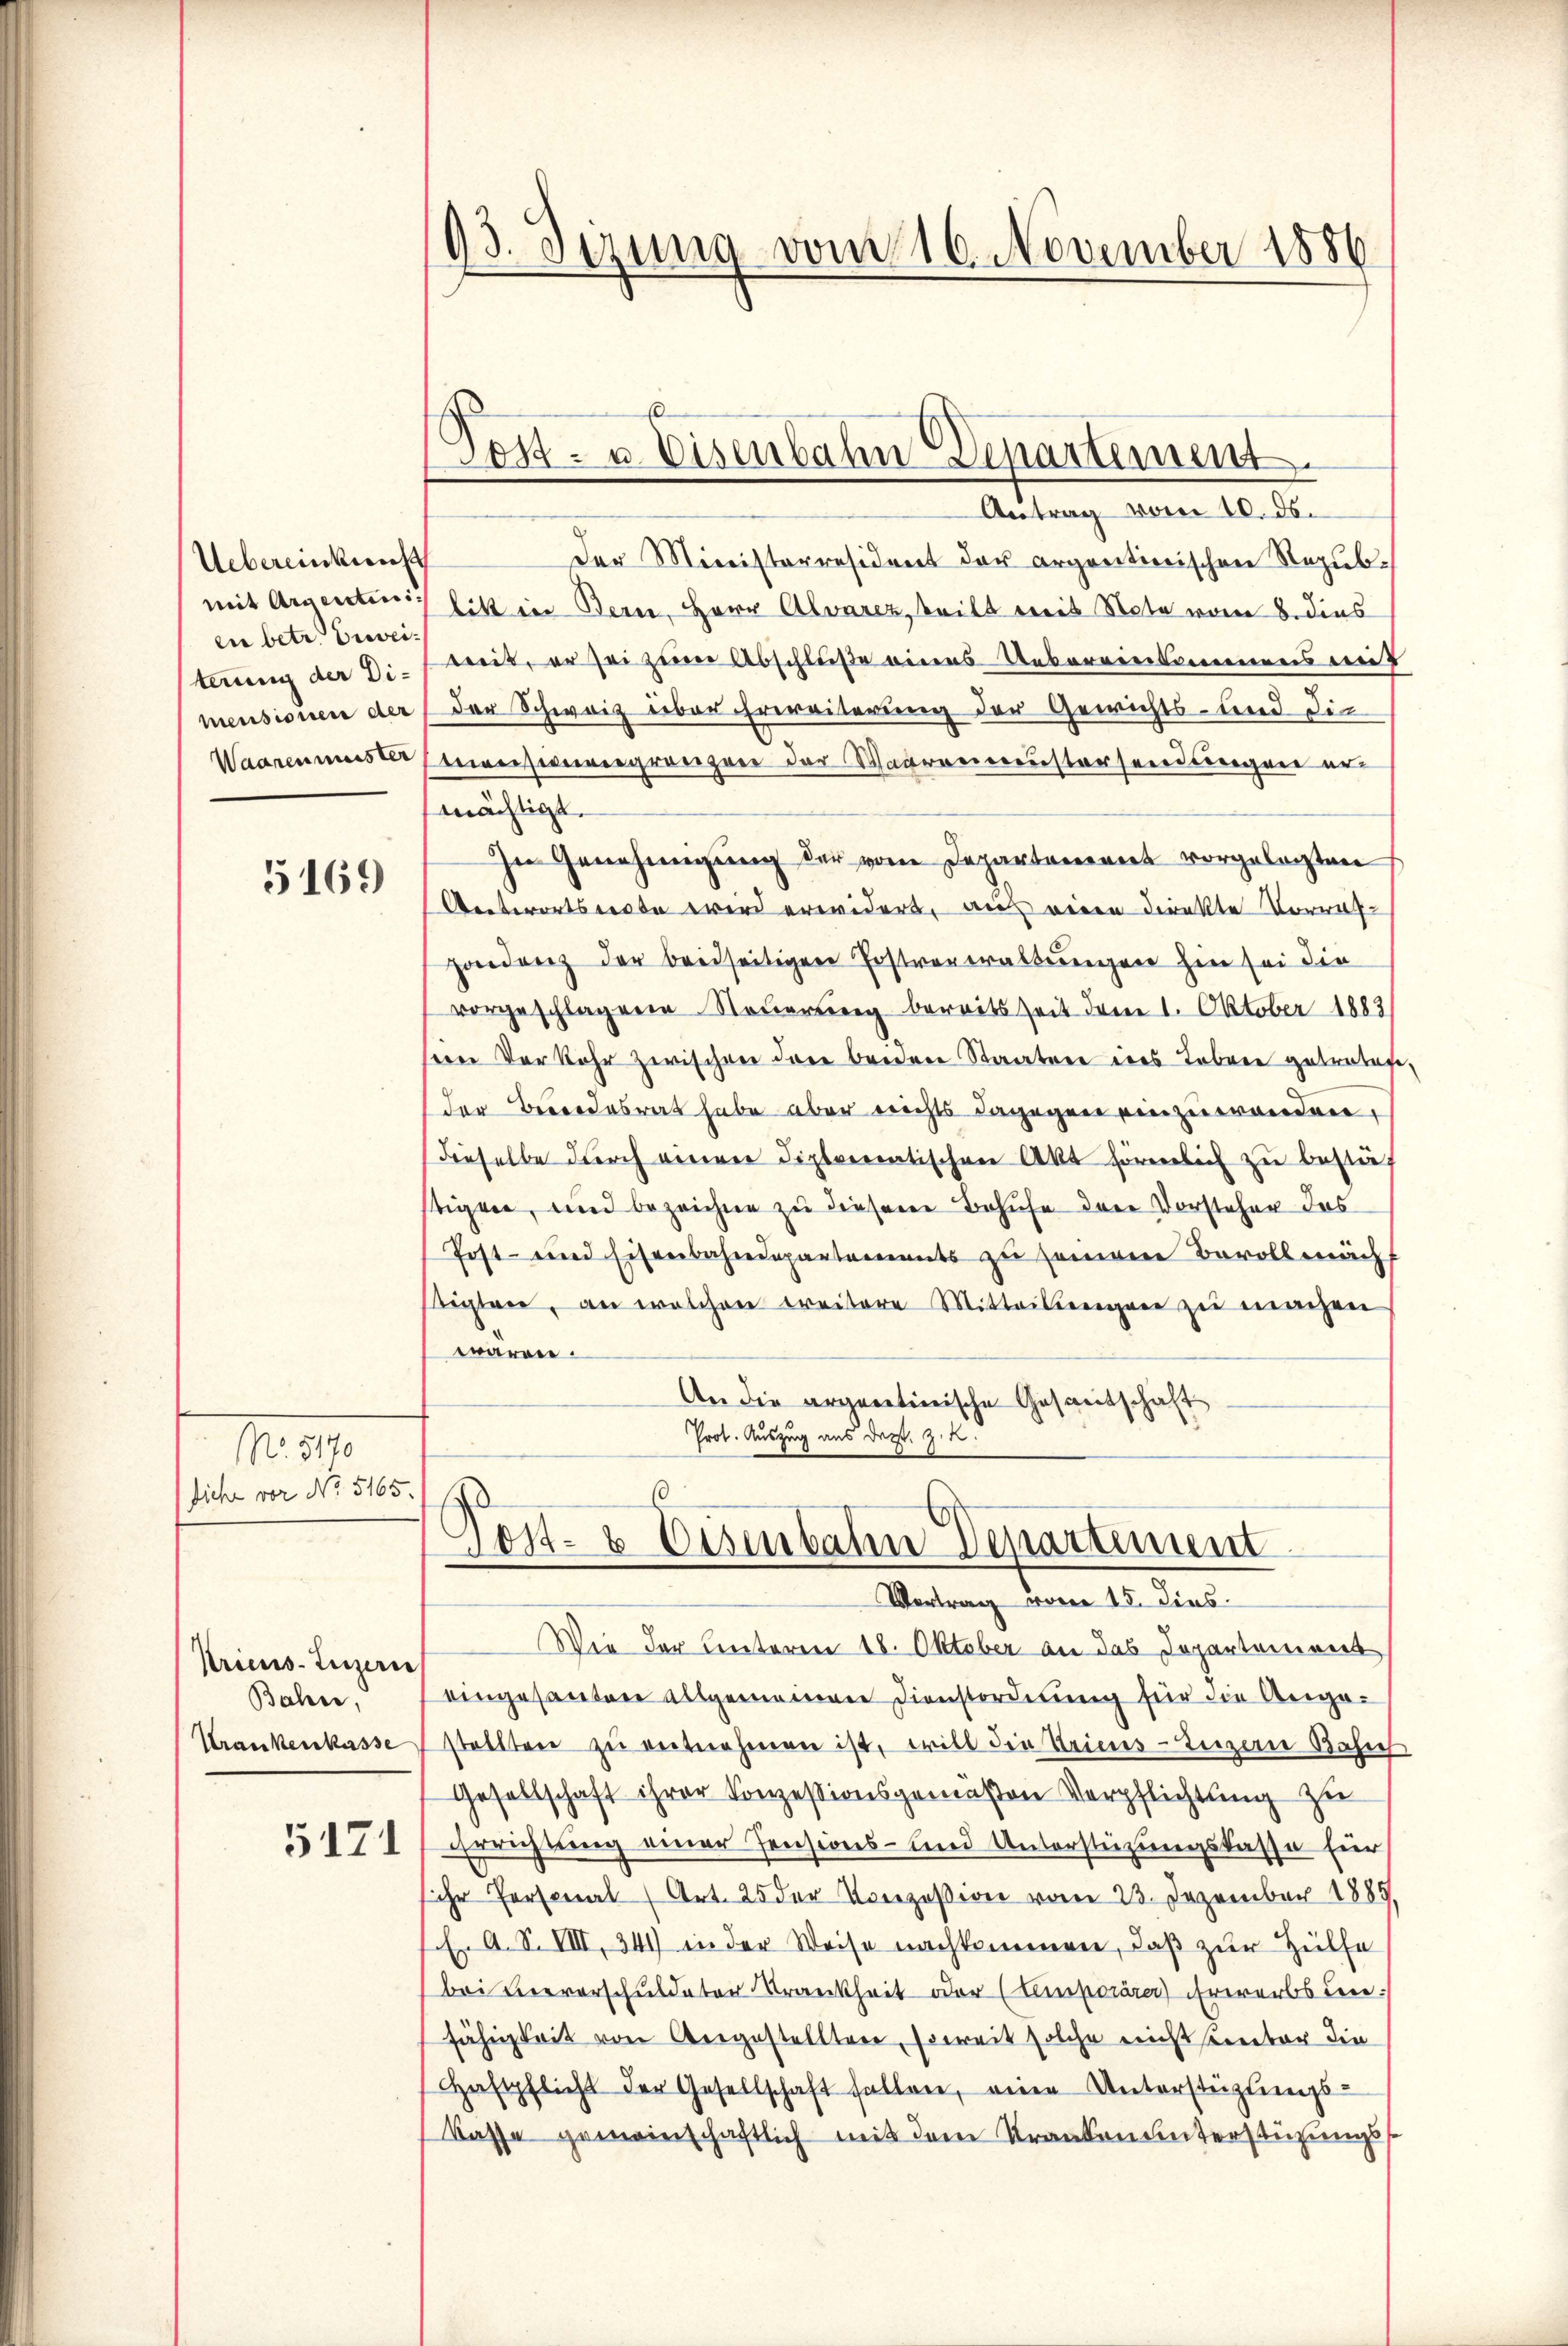
Uebereinkunft
mit Argentini.
ein betr. Erweiterung der Dimensionen der
Waaren müster

5169)

. 87.
diche vor No. 5165.

Pricus Luzern
Bahn
Krankenkasse

5171

93. Dezung vom 16. November 1886

Post- u. Eisenbahn Separtement.

Antrag vom 10. ds.
Der Ministerresident der argontinischen Republitt in Bern, Herr Alvarez, teilt dreis Note vom 8. dies
mit, er sei zum Abschluße eines Uebereinkommens mit
Der Schweiz ieber Erweiterung der Gewichts- und die
teseegränzer der Wagereinistersendungen er
mächtigt.
In Genehmigung der vom Departaneret vorgelegten
Antwortselbe wird erwidert, aus veren direkte Vorrat¬
Hondenz der beidseitigen Postverwaltungen hin sei die
vorgeschlagene Steuerung bereits seit dem 1. Oktober 1883
sein Vorkehr zwischen die baieren Staaten des Leben getratete
der Beendesrat habe aber nichts dagegen einzuwerden,
dieselbe durch einer diplomatischen Akt förmlich zu bestäf
tigen, und bezeichne zu diesem Behufe der Vorsteher das
Post- und Eisenbahndepartements zu seinem Bevollmächt
sichten, an welchen Creitere Mitteilungen zu machen
wären.
An die argaretionische Gesantschaft
Prot. Auszug aus dest. Z. 2.
6
E
Post- & Eisenbahn Departement
Vortrag vom 15. Dies
Wie der Unteren 18. Oktober an das Departement
eingesanten allgemeinen Dienstordnung für die Angastellten zŭ entnehmen ist, will die Kriestenen Balie
Gesellschaft ihrer Konzessionsgemäßen Verpflichtung zu
Errichtung einer Pensions- und Unterstützungskasse für
ihr Personal (Art. 25 der Konzession vom 23. Dezember 1885.
Es A. S. VIII, 341 in der Weise nachkommen, daß zur Hülfe
bei Vervorschuldeter Krankheit oder (Emporärer) ehrwerbs den
fähigkeit von Obergestellten, soweit solche nicht einter die
Haftpflicht der Gesellschaft fallen, einen Unterstüztungs-
Kasse gemeinschaftlich mit dem Kranken unterstüzungs